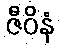
ဇီဝိနံ